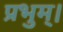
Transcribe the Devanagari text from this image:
प्रभुम्।